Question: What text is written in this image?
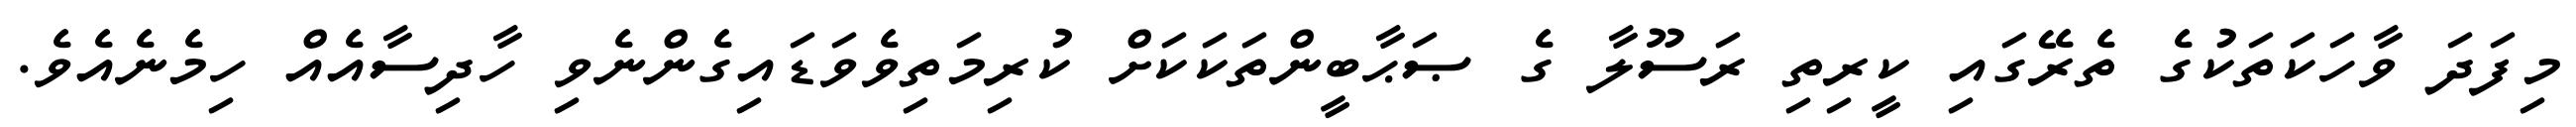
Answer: މިފަދަ ވާހަކަތަކުގެ ތެރޭގައި ކީރިތި ރަސޫލާ ގެ ޞަޙާބީންތަކަކަށް ކުރިމަތިވެވަޑައިގެންނެވި ހާދިސާއެއް ހިމެނެއެވެ.